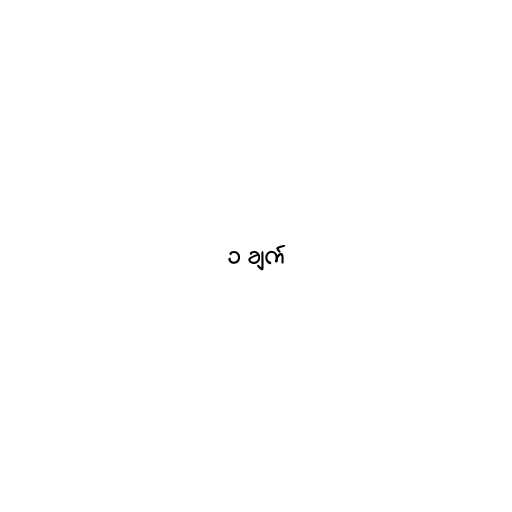
၁ ချက်